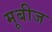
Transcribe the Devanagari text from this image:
मूबीज